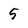
Character: 5